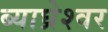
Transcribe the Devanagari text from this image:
ब्याघ्रेश्वर